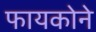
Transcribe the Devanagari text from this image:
फायकोने